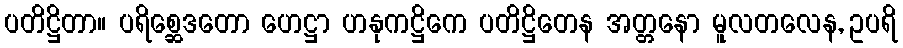
ပတိဋ္ဌိတာ။ ပရိစ္ဆေဒတော ဟေဋ္ဌာ ဟနုကဋ္ဌိကေ ပတိဋ္ဌိတေန အတ္တနော မူလတလေန, ဥပရိ